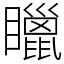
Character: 䁽